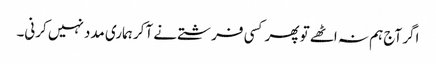
اگر آج ہم نہ اٹھے تو پھر کسی فرشتے نے آکر ہماری مدد نہیں کرنی۔